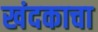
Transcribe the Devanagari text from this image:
खंदकाचा